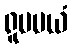
ရူပမယံ